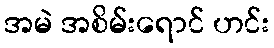
အမဲ အစိမ်းရောင် ဟင်း